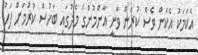
އެކަމަކު އެކަން ވެސް ކުރަން ވާނީ އާންމުންގެ މެދުގައި ބަހުސް ކުރުމަށް ފަހު